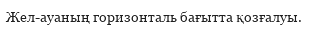
Жел-ауаның горизонталь бағытта қозғалуы.